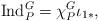
LaTeX: \begin{align*} \operatorname{Ind}_{P}^G= \chi_P^G\iota_{1*},\end{align*}